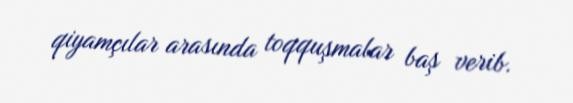
qiyamçılar arasında toqquşmalar baş verib.